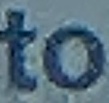
to